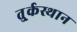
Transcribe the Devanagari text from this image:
तु्र्कस्थान